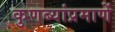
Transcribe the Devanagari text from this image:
कुणब्यांप्रमाणें